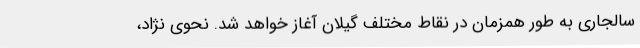
سالجاری به طور همزمان در نقاط مختلف گیلان آغاز خواهد شد. نحوی نژاد،